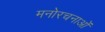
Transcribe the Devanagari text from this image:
मनोरचनाओं